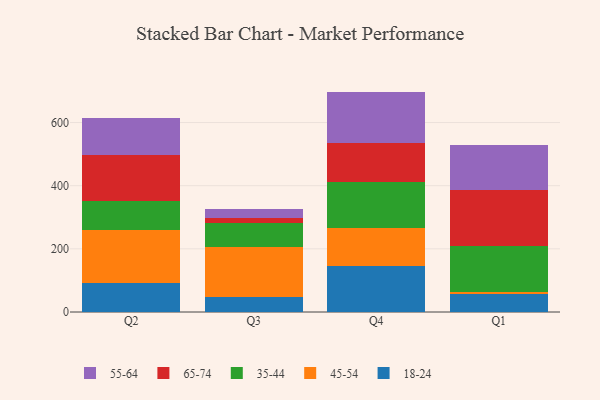
{"axis": {"x": "Quarter", "y": "Tickets Resolved"}, "legend": ["18-24", "35-44", "45-54", "55-64", "65-74"], "data": [{"x": "Q2", "y": 90.5, "type": "18-24"}, {"x": "Q2", "y": 170.5, "type": "45-54"}, {"x": "Q2", "y": 89.5, "type": "35-44"}, {"x": "Q2", "y": 148.2, "type": "65-74"}, {"x": "Q2", "y": 115.8, "type": "55-64"}, {"x": "Q3", "y": 48.0, "type": "18-24"}, {"x": "Q3", "y": 158.8, "type": "45-54"}, {"x": "Q3", "y": 75.5, "type": "35-44"}, {"x": "Q3", "y": 16.3, "type": "65-74"}, {"x": "Q3", "y": 28.5, "type": "55-64"}, {"x": "Q4", "y": 145.1, "type": "18-24"}, {"x": "Q4", "y": 121.0, "type": "45-54"}, {"x": "Q4", "y": 146.8, "type": "35-44"}, {"x": "Q4", "y": 123.7, "type": "65-74"}, {"x": "Q4", "y": 161.4, "type": "55-64"}, {"x": "Q1", "y": 56.4, "type": "18-24"}, {"x": "Q1", "y": 8.4, "type": "45-54"}, {"x": "Q1", "y": 145.5, "type": "35-44"}, {"x": "Q1", "y": 177.5, "type": "65-74"}, {"x": "Q1", "y": 139.7, "type": "55-64"}]}